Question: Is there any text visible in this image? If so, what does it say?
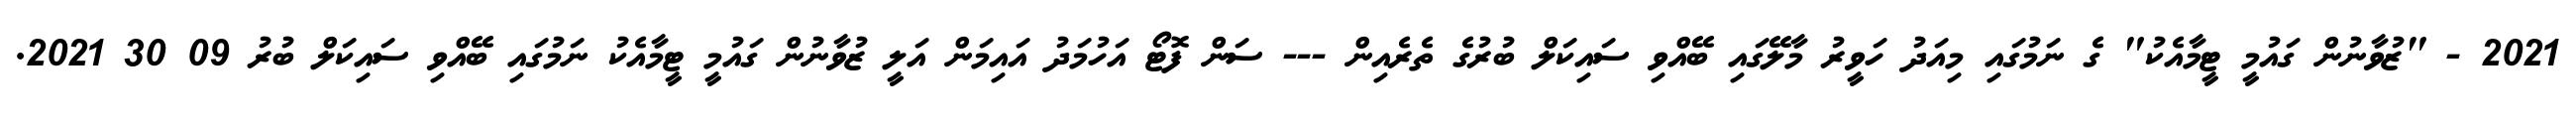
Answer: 2021 - "ޒުވާނުން ގައުމީ ޓީމާއެކު" ގެ ނަމުގައި މިއަދު ހަވީރު މާލޭގައި ބޭއްވި ސައިކަލް ބުރުގެ ތެރެއިން --- ސަން ފޮޓޯ އަހުމަދު އައިމަން އަލީ ޒުވާނުން ގައުމީ ޓީމާއެކު ނަމުގައި ބޭއްވި ސައިކަލް ބުރު 09 30 2021.